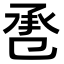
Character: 𢬬